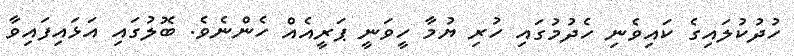
ހުދުކުލައިގެ ކައިވެނި ހެދުމުގައި ހުރި ޔުމާ ހީވަނީ ޕަރީއެއް ހެންނެވެ. ބޮލުގައި އަޅައިފައިވާ